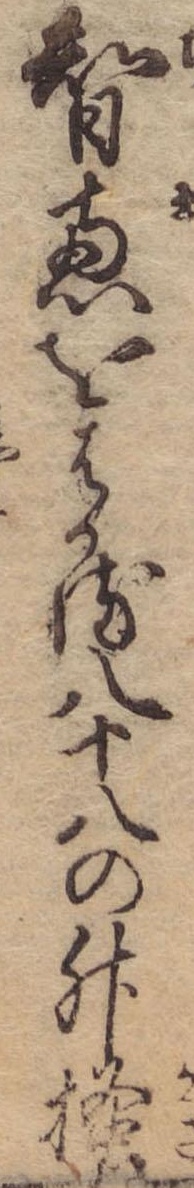
智恵をはかる八十八の升掻